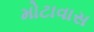
મોટાવાસ